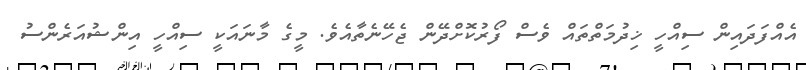
އެއްފަދައިން ސިއްހީ ޚިދުމަތްތައް ވެސް ފޯރުކޮށްދޭން ޖެހޭނެތާއެވެ. މީގެ މާނައަކީ ސިއްހީ އިންޝުއަރެންސު